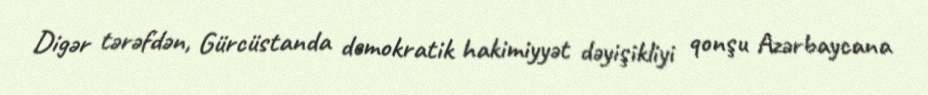
Digər tərəfdən, Gürcüstanda demokratik hakimiyyət dəyişikliyi qonşu Azərbaycana